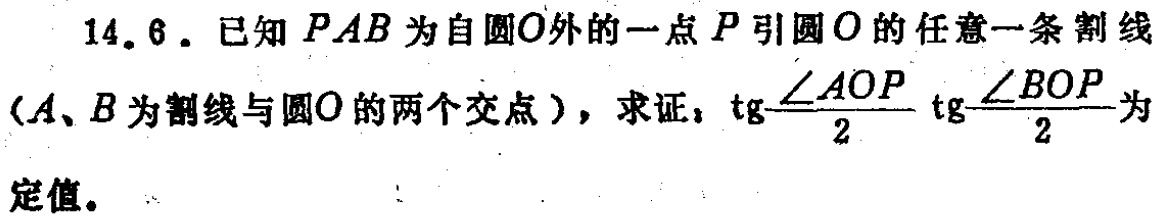
14.6. 已知 \(PAB\) 为自圆\(O\)外的一点 \(P\) 引圆 \(O\) 的任意一条割线（\(A\)、\(B\) 为割线与圆\(O\)的两个交点），求证：\(\text{tg}\frac{\angle AOP}{2}\text{tg}\frac{\angle BOP}{2}\) 为定值。